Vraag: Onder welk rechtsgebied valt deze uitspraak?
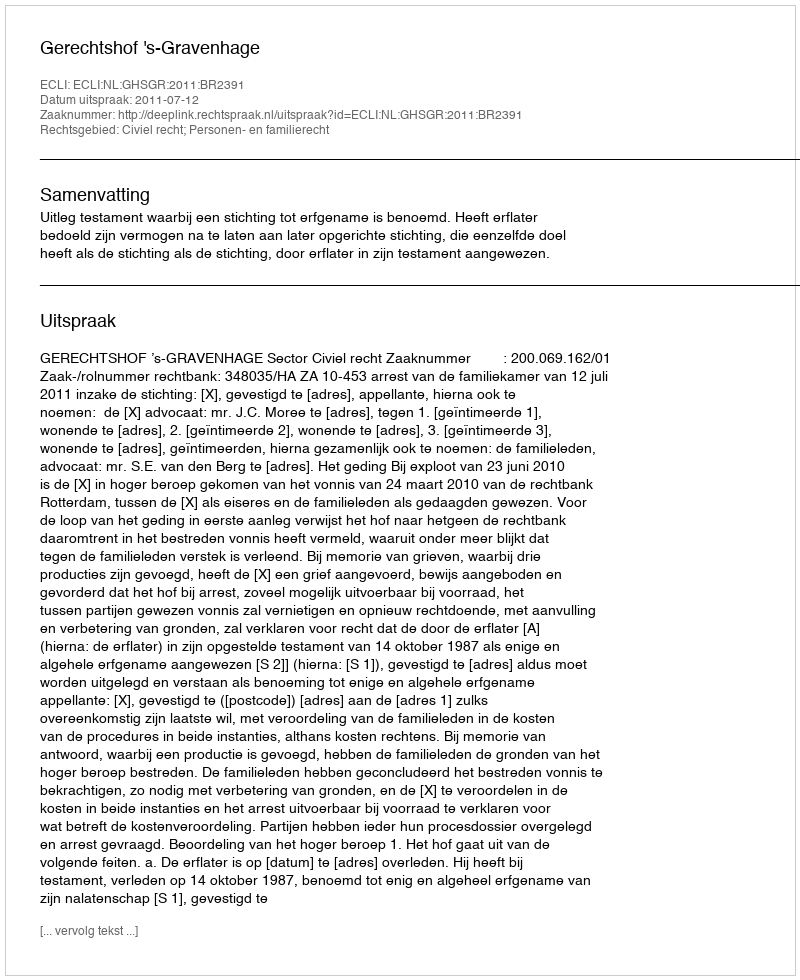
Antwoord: Civiel recht; Personen- en familierecht